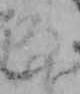
な